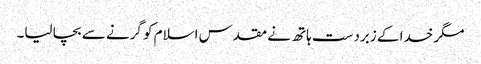
مگر خدا کے زبردست ہاتھ نے مقدس اسلام کو گرنے سے بچا لیا۔